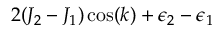
2 ( J _ { 2 } - J _ { 1 } ) \cos ( k ) + \epsilon _ { 2 } - \epsilon _ { 1 }